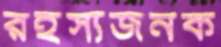
রহস্যজনক